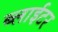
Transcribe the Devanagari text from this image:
ब्लाईटर